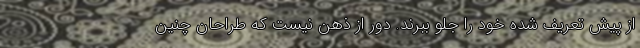
از پیش تعریف شده خود را جلو ببرند. دور از ذهن نیست که طراحان چنین